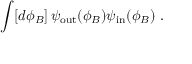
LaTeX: \int [ d \phi _ { B } ] \, \psi _ { \mathrm { o u t } } ( \phi _ { B } ) \psi _ { \mathrm { i n } } ( \phi _ { B } ) \ .